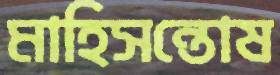
মাহিসন্তোষ